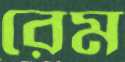
রেম